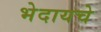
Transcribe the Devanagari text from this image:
भेदायचे